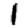
Digit: 1